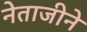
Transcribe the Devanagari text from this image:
नेताजीने